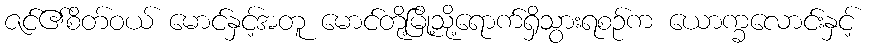
ဇင်၏စိတ်ဝယ် မောင်နှင့်အတူ မောင်တို့မြို့သို့ရောက်ရှိသွားရစဉ်က ယောက္ခလောင်းနှင့်